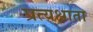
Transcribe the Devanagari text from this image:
प्रत्यक्षाता